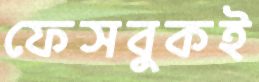
ফেসবুকই